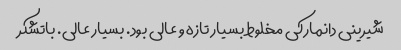
شیرینی دانمارکی مخلوط بسیار تازه و عالی بود. بسیار عالی. باتشکر